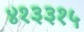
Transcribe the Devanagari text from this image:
४१३३१५